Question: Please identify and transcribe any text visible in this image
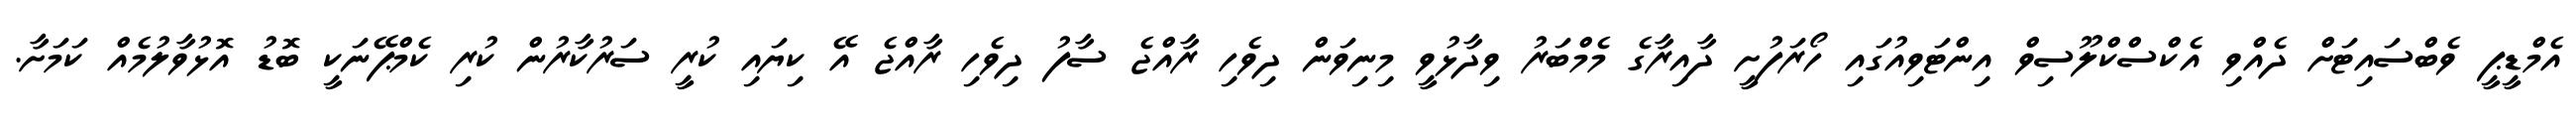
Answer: އެމްޑީޕީ ވެބްސައިޓަށް ދެއްވި އެކްސްކްލޫސިވް އިންޓަވިއުގައި ހޯރަފުށީ ދާއިރާގެ މެމްބަރު ވިދާޅުވީ މިނިވަން ދިވެހި ރާއްޖެ ސާފު ދިވެހި ރާއްޖެ އޭ ކިޔައި ކުރީ ސަރުކާރުން ކުރި ކެމްޕޭނަކީ ބޮޑު އޮޅުވާލުމެއް ކަމަށާ.